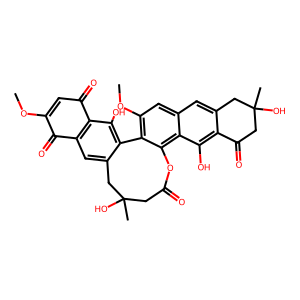
SMILES: COC1=CC(=O)c2c(cc3c(c2O)-c2c(OC)cc4cc5c(c(O)c4c2OC(=O)CC(C)(O)C3)C(=O)CC(C)(O)C5)C1=O
Inhibits HIV replication: No